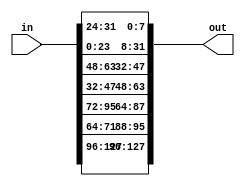
module shiftrows (
    input [127:0] in,
    output [127:0] out
);

    // First Row is maintained
    assign out[127:96] = in[127:96];

    // Second ROw is shifted one block
    assign out[95:88] = in[71:64];
    assign out[87:80] = in[95:88];
    assign out[79:72] = in[87:80];
    assign out[71:64] = in[79:72];

    // Third Row is shifted two block
    assign out[63:56] = in[47:40];
    assign out[55:48] = in[39:32];
    assign out[47:40] = in[63:56];
    assign out[39:32] = in[55:48];

    // Fourth Row is shifted three block.
    assign out[31:24] = in[23:16];
    assign out[23:16] = in[15:8];
    assign out[15:8] = in[7:0];
    assign out[7:0] = in[31:24];

endmodule